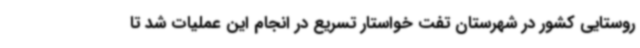
روستایی کشور در شهرستان تفت خواستار تسریع در انجام این عملیات شد تا